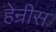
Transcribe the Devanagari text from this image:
हेन्रीस